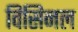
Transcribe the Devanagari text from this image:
विसिनल